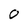
Character: 0